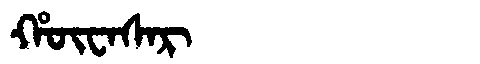
Manchu: ᡥᡡᠸᠠᠰᠠᡵ
Romanization: HŪWASAR